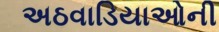
અઠવાડિયાઓની